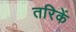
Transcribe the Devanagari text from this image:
तरिकें